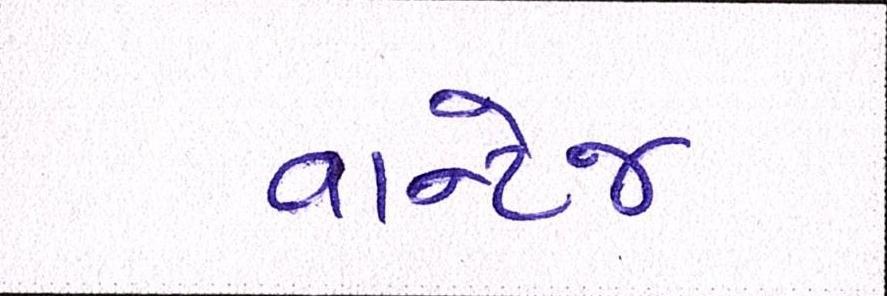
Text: વાન્ટેજ